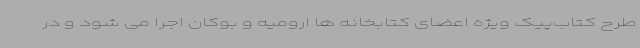
طرح کتاب‌پیک ویژه اعضای کتابخانه ها ارومیه و بوکان اجرا می شود و در